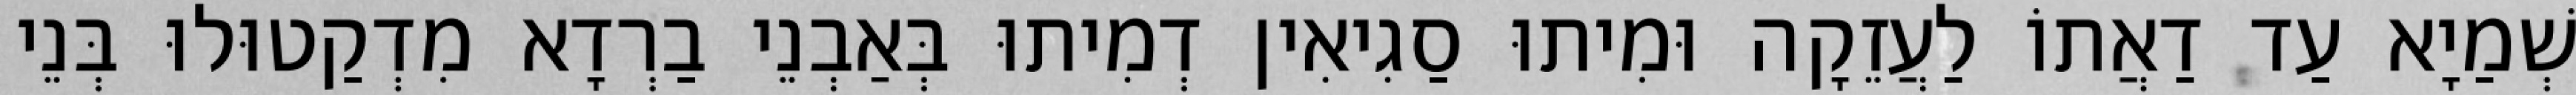
שְׁמַיָא עַד דַאֲתוֹ לַעֲזֵקָה וּמִיתוּ סַגִיאִין דְמִיתוּ בְּאַבְנֵי בַרְדָא מִדְקַטוּלוּ בְּנֵי